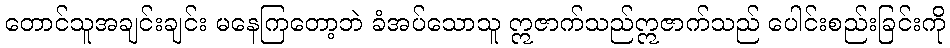
တောင်သူအချင်းချင်း မနေကြတော့ဘဲ ခံအပ်သောသူ ဣဇာက်သည်ဣဇာက်သည် ပေါင်းစည်းခြင်းကို